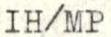
IH/MP